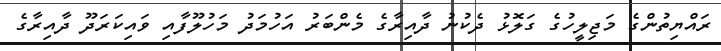
ރައްޔިތުންގެ މަޖިލީހުގެ ގަލޮޅު ދެކުނު ދާއިރާގެ މެންބަރު އަހުމަދު މަހުލޫފާއި ވައިކަރަދޫ ދާއިރާގެ